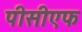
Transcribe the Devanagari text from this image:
पीसीएफ